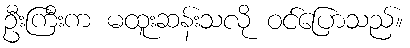
ဦးကြီးက မထူးဆန်းသလို ဝင်ပြောသည်။